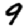
Digit: 9